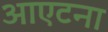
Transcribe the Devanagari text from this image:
आएटना